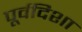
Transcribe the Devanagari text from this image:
पूर्वदिशा